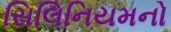
સિલિનિયમનો